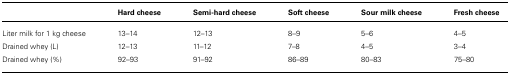
<table><thead><tr><td></td><td><b>Hard cheese</b></td><td><b>Semi-hard cheese</b></td><td><b>Soft cheese</b></td><td><b>Sour milk cheese</b></td><td><b>Fresh cheese</b></td></tr></thead><tbody><tr><td>Liter milk for 1 kg cheese</td><td>13–14</td><td>12–13</td><td>8–9</td><td>5–6</td><td>4–5</td></tr><tr><td>Drained whey (L)</td><td>12–13</td><td>11–12</td><td>7–8</td><td>4–5</td><td>3–4</td></tr><tr><td>Drained whey (%)</td><td>92–93</td><td>91–92</td><td>86–89</td><td>80–83</td><td>75–80</td></tr></tbody></table>